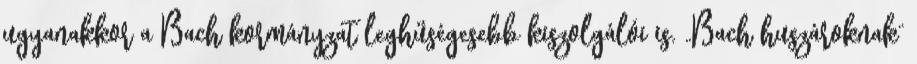
ugyanakkor a Bach kormányzat leghűségesebb kiszolgálói is. „Bach huszároknak”